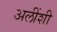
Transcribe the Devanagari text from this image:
अलींशी